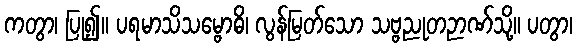
ကတွာ၊ ပြု၍။ ပရမာသိသမ္ဗောဓိ၊ လွန်မြတ်သော သဗ္ဗညုတဉာဏ်သို့။ ပတွာ၊